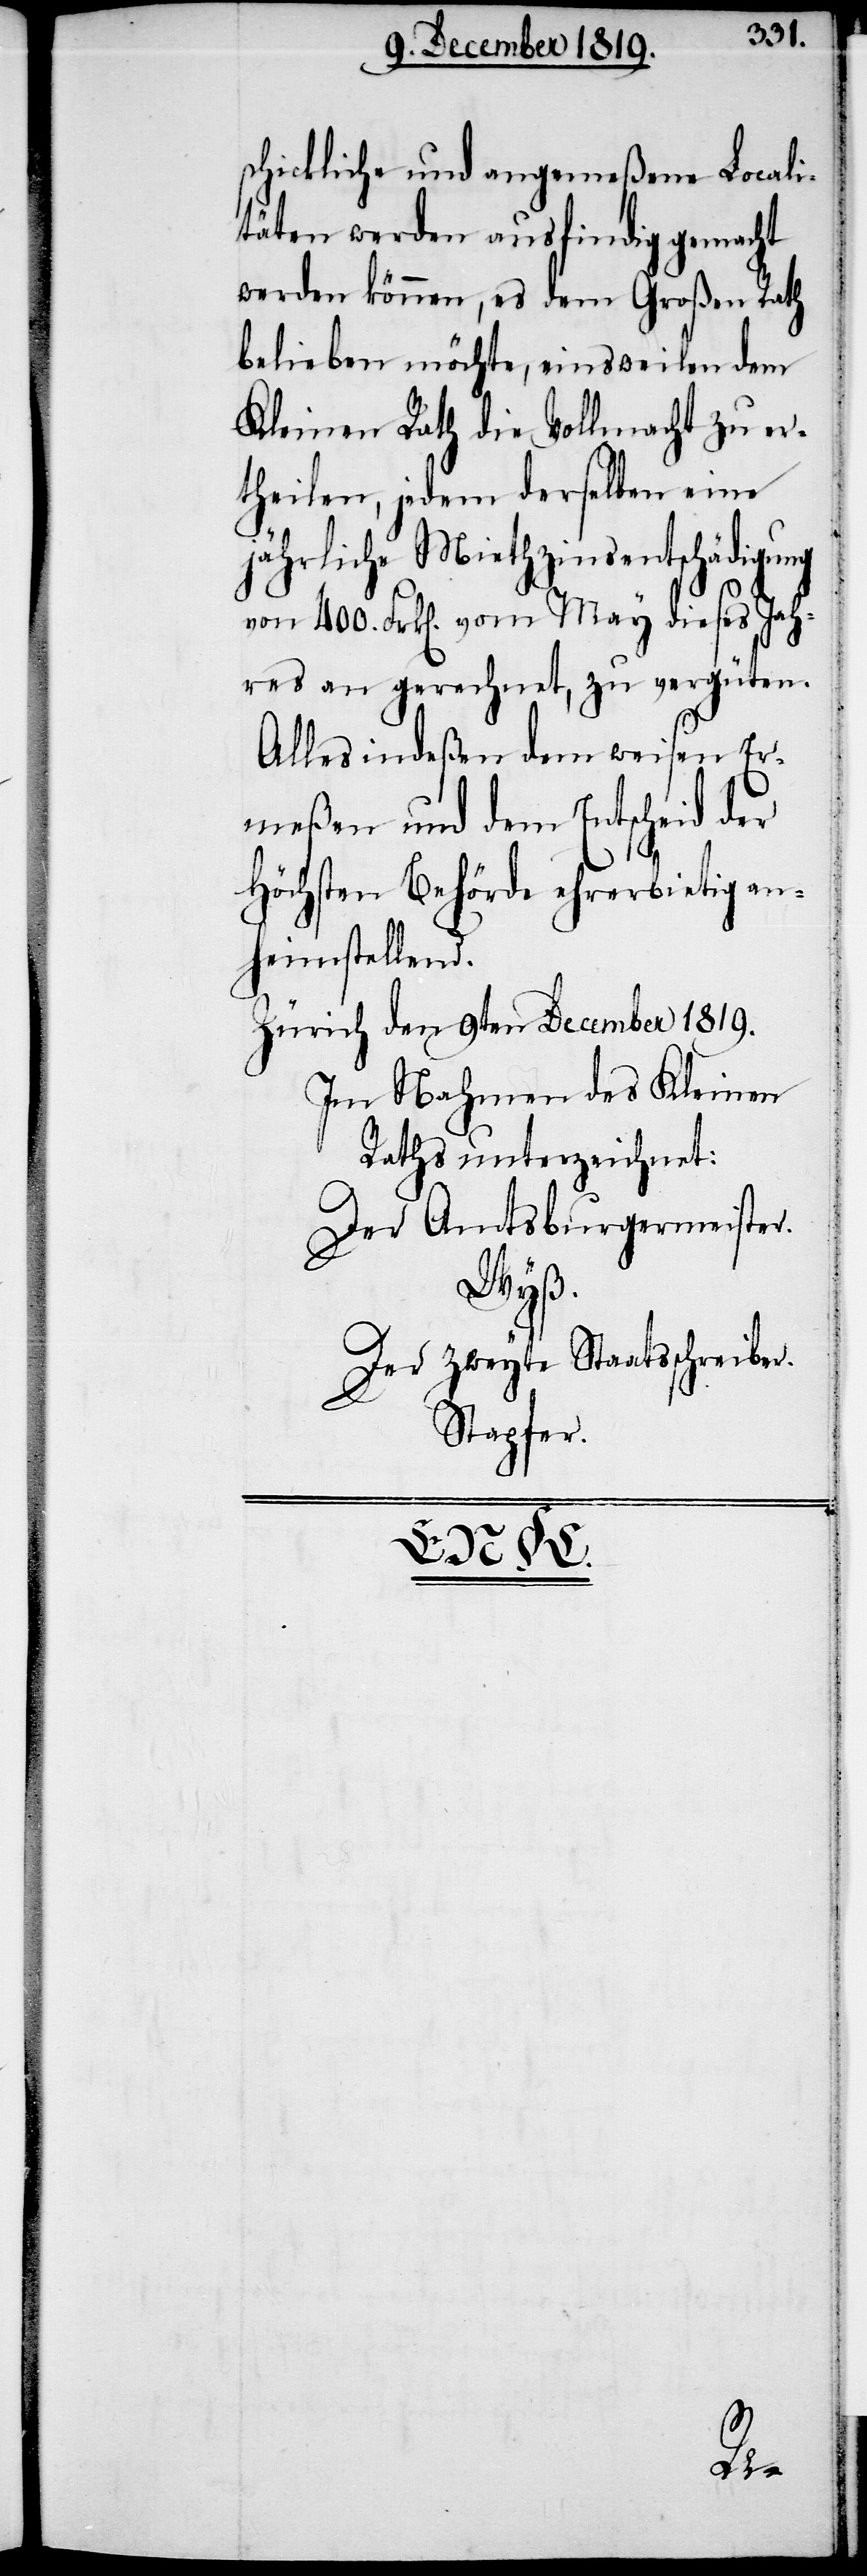
schickliche und angemeßene Locali¬
täten werden ausfindig gemacht
werden können, es dem Großen Rath
belieben möchte, einsweilen dem
Kleinen Rath die Vollmacht zu er¬
theilen, jedem derselben eine
jährliche Miethzinsentschädigung
von 400. Frk[en]. vom May dieses Jah¬
res an gerechnet, zu vergüten.
Alles indeßen dem weisen Er¬
meßen und dem Entscheid der
Höchsten Behörde ehrerbietig an¬
heimstellend.
Zürich den 9ten December 1819.
Im Nahmen des Kleinen
Raths unterzeichnet:
Der Amtsburgermeister.
Wyß.
Der zweyte Staatsschreiber.
Stapfer.